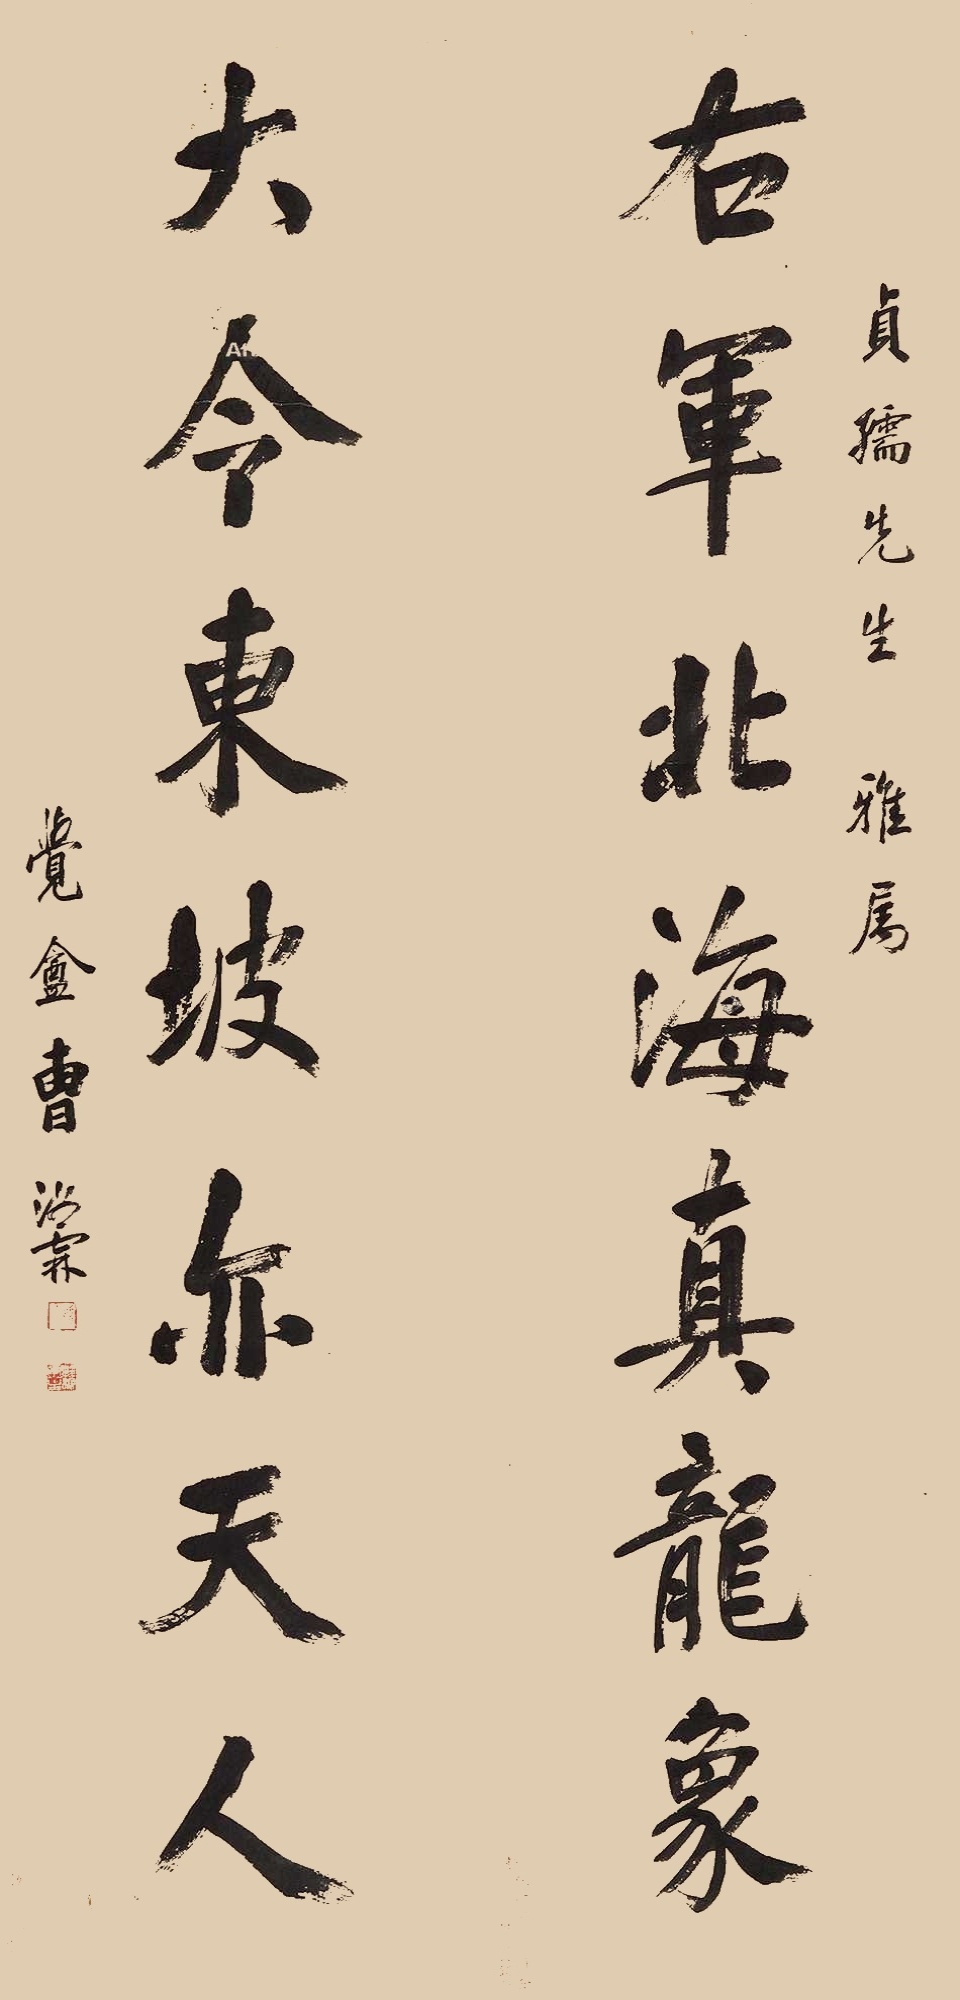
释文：右军北海真龙象，大令东坡亦天人。贞孺先生雅属，觉盦曹汝霖。